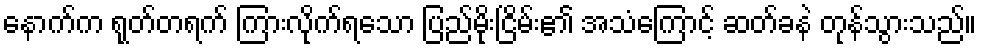
နောက်က ရုတ်တရက် ကြားလိုက်ရသော ပြည်မိုးငြိမ်း၏ အသံကြောင့် ဆတ်ခနဲ တုန်သွားသည်။